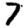
Digit: 7